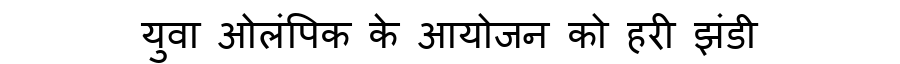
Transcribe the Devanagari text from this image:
युवा ओलंपिक के आयोजन को हरी झंडी